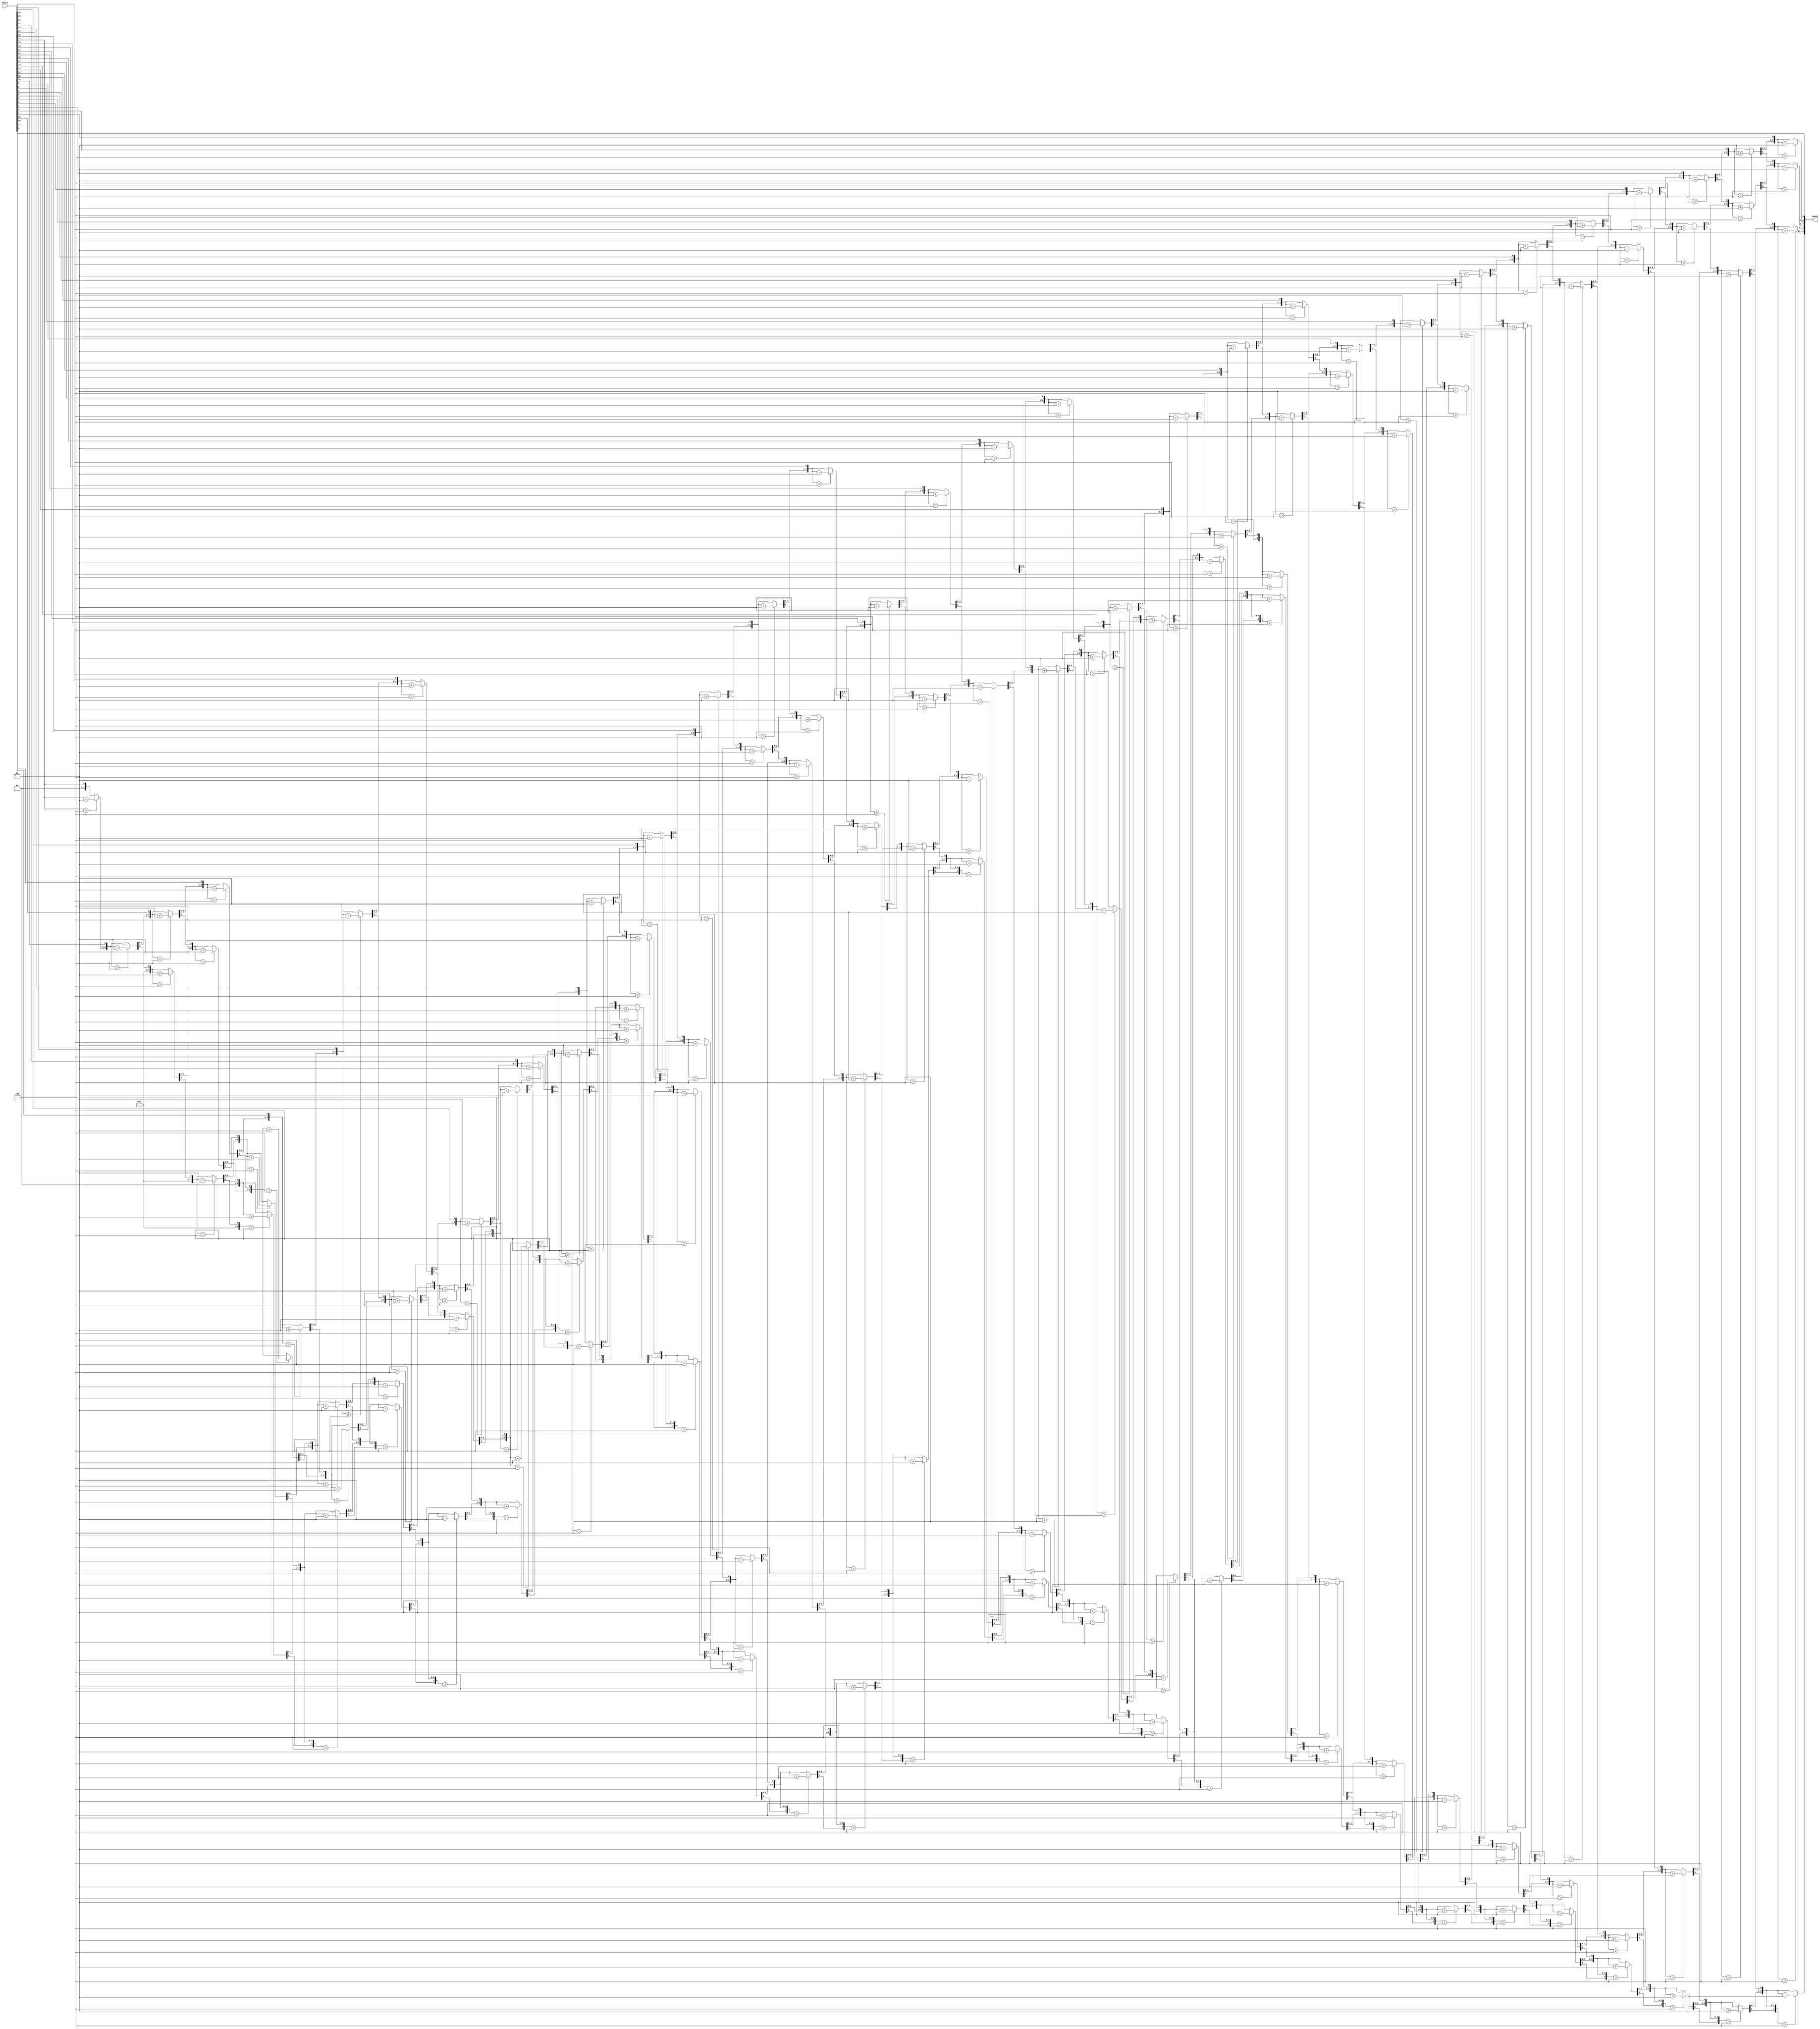
`timescale 1ns / 1ps
module ChangeHtoD(bdata, odata);//328//3
    input [31:0]bdata;
    output [15:0]odata;
    reg [63:0] idata;
    integer i; 
    always @(*)
    begin
        idata = bdata;      
        for(i = 0; i < 32; i = i + 1)
        begin         
            if(idata[35:32] > 4'h4)
                idata[35:32] = idata[35:32] + 4'h3;
            if(idata[39:36] > 4'h4)
                idata[39:36] = idata[39:36] + 4'h3;
            if(idata[43:40] > 4'h4)
                idata[43:40] = idata[43:40] + 4'h3;
            if(idata[47:44] > 4'h4)
                idata[47:44] = idata[47:44] + 4'h3;   
            if(idata[51:48] > 4'h4)
                idata[51:48] = idata[51:48] + 4'h3; 
            if(idata[55:52] > 4'h4)
                    idata[55:52] = idata[55:52] + 4'h3; 
            if(idata[59:56] > 4'h4)
                    idata[59:56] = idata[59:56] + 4'h3; 
            if(idata[63:60] > 4'h4)
                    idata[63:60] = idata[63:60] + 4'h3; 
            idata = idata << 1;      
        end             
    end 
        assign odata = idata[47:32];
endmodule